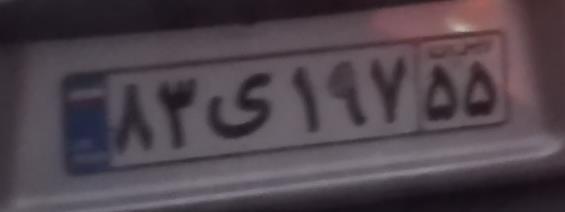
۸۳ی۱۹۷۵۵